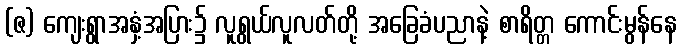
(ဇ) ကျေးရွာအနှံ့အပြား၌ လူရွယ်လူလတ်တို့ အခြေခံပညာနဲ့ စာရိတ္တ ကောင်းမွန်နေ